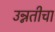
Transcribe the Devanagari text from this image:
उन्नतीचा